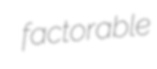
factorable